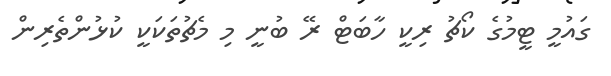
ގައުމީ ޓީމުގެ ކޯޗު ރިކީ ހާބަޓް ރޭ ބުނީ މި މެޗުތަކަކީ ކުޅުންތެރިން